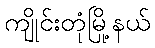
ကျိုင်းတုံမြို့နယ်